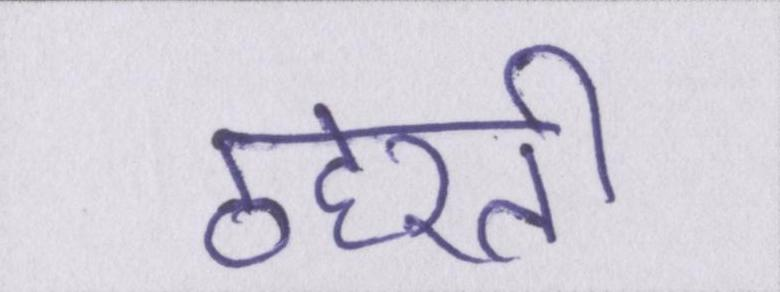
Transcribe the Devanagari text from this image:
ठहरती